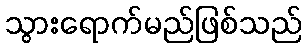
သွားရောက်မည်ဖြစ်သည်